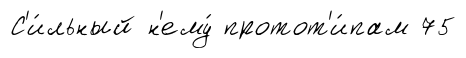
С'и́льный н'ему́ протот'и́пам 75